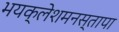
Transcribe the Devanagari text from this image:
भयक्लेशमनस्तापा